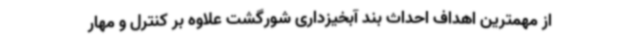
از مهمترین اهداف احداث بند آبخیزداری شورگشت علاوه بر کنترل و مهار